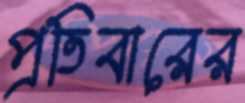
প্রতিবারের